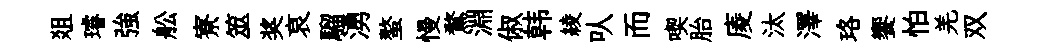
爼璿強舩寮筮奖哀騮湧螯慢鶩淵俶韩綾㕥而喫胎庱汰澤珞饗怕羌双